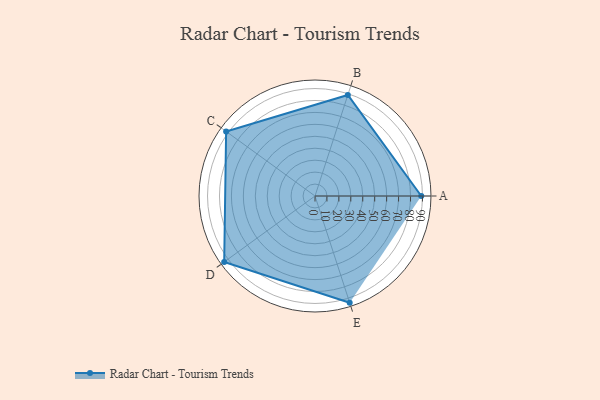
{"axis": {"x": "Skill", "y": "Score"}, "legend": ["Profile"], "data": [{"x": "A", "y": 89.0, "type": "Profile"}, {"x": "B", "y": 89.0, "type": "Profile"}, {"x": "C", "y": 92.0, "type": "Profile"}, {"x": "D", "y": 94.0, "type": "Profile"}, {"x": "E", "y": 94.0, "type": "Profile"}]}